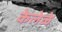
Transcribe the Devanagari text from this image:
केलेळे